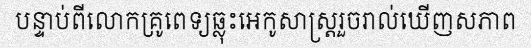
បន្ទាប់ពីលោកគ្រូពេទ្យឆ្លុះអេកូសាស្ត្ររួចរាល់ឃើញសភាព